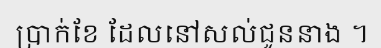
ប្រាក់ខែ ដែលនៅសល់ជូននាង ។